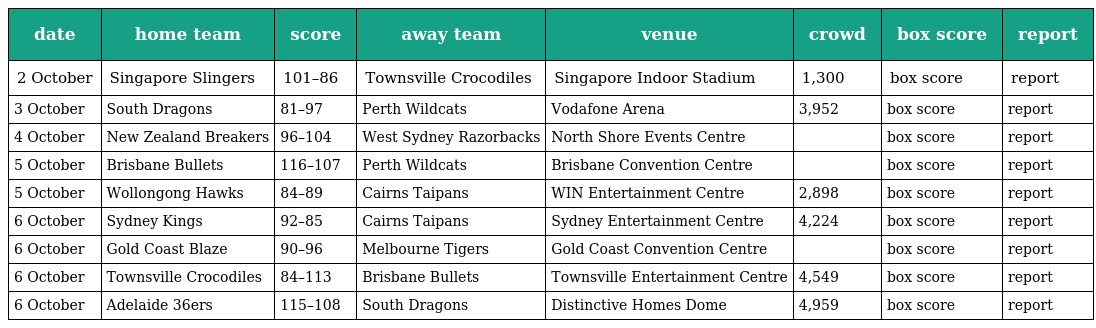
| date | home team | score | away team | venue | crowd | box score | report |
 | --- | --- | --- | --- | --- | --- | --- | --- |
 | 2 October | Singapore Slingers | 101–86 | Townsville Crocodiles | Singapore Indoor Stadium | 1,300 | box score | report |
 | 3 October | South Dragons | 81–97 | Perth Wildcats | Vodafone Arena | 3,952 | box score | report |
 | 4 October | New Zealand Breakers | 96–104 | West Sydney Razorbacks | North Shore Events Centre |  | box score | report |
 | 5 October | Brisbane Bullets | 116–107 | Perth Wildcats | Brisbane Convention Centre |  | box score | report |
 | 5 October | Wollongong Hawks | 84–89 | Cairns Taipans | WIN Entertainment Centre | 2,898 | box score | report |
 | 6 October | Sydney Kings | 92–85 | Cairns Taipans | Sydney Entertainment Centre | 4,224 | box score | report |
 | 6 October | Gold Coast Blaze | 90–96 | Melbourne Tigers | Gold Coast Convention Centre |  | box score | report |
 | 6 October | Townsville Crocodiles | 84–113 | Brisbane Bullets | Townsville Entertainment Centre | 4,549 | box score | report |
 | 6 October | Adelaide 36ers | 115–108 | South Dragons | Distinctive Homes Dome | 4,959 | box score | report |